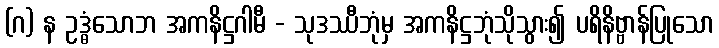
(ဂ) န ဥဒ္ဓံသောဘ အကနိဋ္ဌဂါမီ - သုဒဿီဘုံမှ အကနိဋ္ဌဘုံသိုသွား၍ ပရိနိဗ္ဗာန်ပြုသော